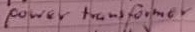
Text: power transformer